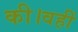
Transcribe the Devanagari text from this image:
की।वहीं